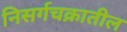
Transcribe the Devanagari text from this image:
निसर्गचक्रातील